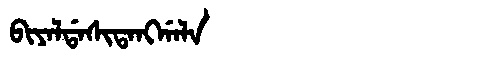
Manchu: ᠪᡳᠶᠠᠯᡩᠠᠰᡳᡨᠠᠩᡤᠠᠯᠠ
Romanization: BIYALDASITANGGALA